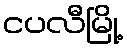
ငပလီမြို့